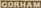
CORHAM